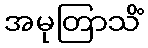
အမုတြာသိံ